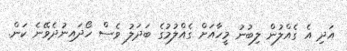
އަދި އެ ގެއްލުން ލިބުނު މީހާއަށް ގެއްލުމުގެ ބަދަލު ވެސް ހޯދައިނުދެވޭނެ ކަން.